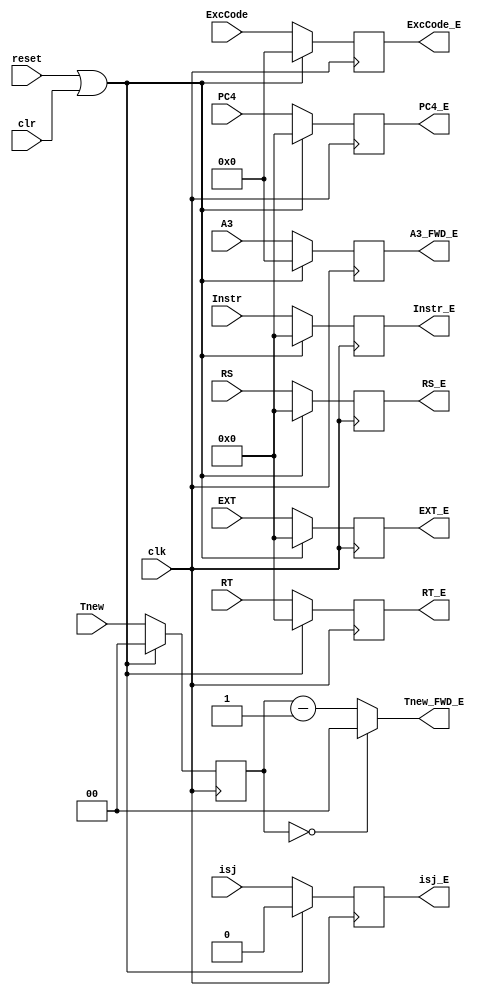
`timescale 1ns / 1ps
//////////////////////////////////////////////////////////////////////////////////
// Company: 
// Engineer: 
// 
// Design Name: 
// Module Name:    ID_EX_module 
// Project Name: 
// Target Devices: 
// Tool versions: 
// Description: 
//
// Dependencies: 
//
// Revision: 
// Revision 0.01 - File Created
// Additional Comments: 
//
//////////////////////////////////////////////////////////////////////////////////
module ID_EX_module(
    input [31:0] Instr,
    input [31:0] PC4,
    input [31:0] RS,
    input [31:0] RT,
    input [31:0] EXT,
	 input [4:0] A3,
	 input [1:0] Tnew,
	 input [4:0] ExcCode,
	 input isj,
	 input clk,
	 input reset,
	 input clr,
    output [31:0] Instr_E,
    output [31:0] PC4_E,
    output [31:0] RS_E,
    output [31:0] RT_E,
    output [31:0] EXT_E,
	 output [4:0] A3_FWD_E,
	 output [1:0] Tnew_FWD_E,
	 output reg [4:0] ExcCode_E,
	 output reg isj_E
    );
	
	reg [31:0] Instr_E_Reg, PC4_E_Reg, RS_E_Reg, RT_E_Reg, EXT_E_Reg;
	reg [4:0] A3_E_Reg;
	reg [1:0] Tnew_E_Reg;
	
	initial begin
		Instr_E_Reg = 0;
		PC4_E_Reg = 0;
		RS_E_Reg = 0;
		RT_E_Reg = 0;
		EXT_E_Reg = 0;
		Tnew_E_Reg = 0;
		A3_E_Reg = 0;
		isj_E = 0;
		ExcCode_E = 0;
	end
	
	assign Instr_E = Instr_E_Reg,
			 PC4_E = PC4_E_Reg,
			 RS_E = RS_E_Reg,
			 RT_E = RT_E_Reg,
			 EXT_E = EXT_E_Reg,
			 Tnew_FWD_E = (Tnew_E_Reg==0)?2'b0:(Tnew_E_Reg-2'b1),
			 A3_FWD_E = A3_E_Reg;
			 
	always @(posedge clk)begin
		if(reset == 1||clr == 1)begin
			Instr_E_Reg = 0;
			PC4_E_Reg = 0;
			RS_E_Reg = 0;
			RT_E_Reg = 0;
			EXT_E_Reg = 0;
			Tnew_E_Reg = 0;
			A3_E_Reg = 0;
		   ExcCode_E = 0;
			isj_E = 0;
		end
		else begin
			Instr_E_Reg = Instr;
			PC4_E_Reg = PC4;
			RS_E_Reg = RS;
			RT_E_Reg = RT;
			EXT_E_Reg = EXT;
			Tnew_E_Reg = Tnew;
			A3_E_Reg = A3;
		   ExcCode_E = ExcCode;
			isj_E = isj;
		end
	end
		
endmodule